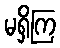
မရှိကြ